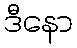
ဒီနော